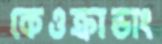
কেওক্রাডাং